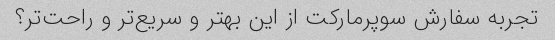
تجربه سفارش سوپرمارکت از این بهتر و سریع‌تر و راحت‌تر؟